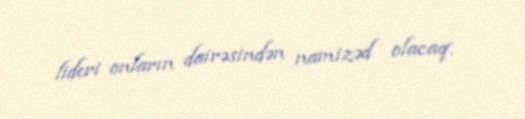
lideri onların dairəsindən namizəd olacaq.